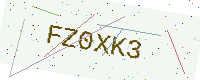
Text: FZ0XK3